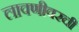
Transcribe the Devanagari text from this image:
लावणीवरची